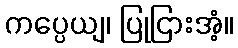
ကပ္ပေယျ၊ ပြုငြားအံ့။